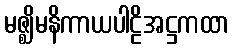
မဇ္ဈိမနိကာယပါဠိအဋ္ဌကထာ